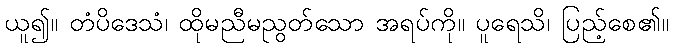
ယူ၍။ တံပိဒေသံ၊ ထိုမညီမညွတ်သော အရပ်ကို။ ပူရေသိ၊ ပြည့်စေ၏။